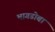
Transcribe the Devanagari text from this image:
भागडोबा